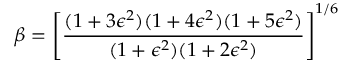
\beta = \left[ \frac { ( 1 + 3 \epsilon ^ { 2 } ) ( 1 + 4 \epsilon ^ { 2 } ) ( 1 + 5 \epsilon ^ { 2 } ) } { ( 1 + \epsilon ^ { 2 } ) ( 1 + 2 \epsilon ^ { 2 } ) } \right] ^ { 1 / 6 }